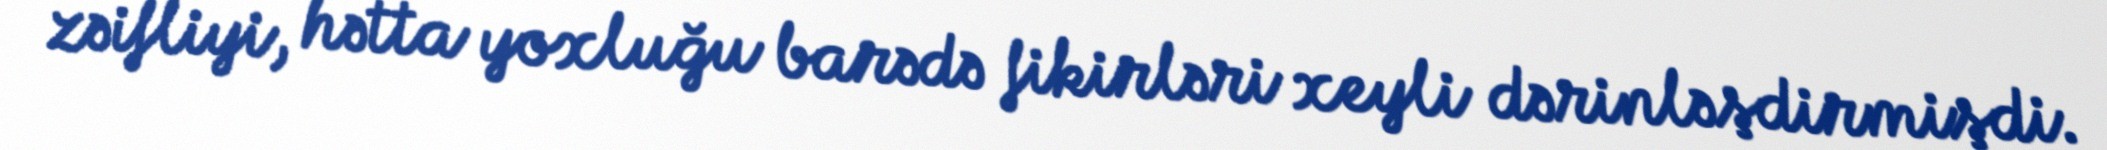
zəifliyi, hətta yoxluğu barədə fikirləri xeyli dərinləşdirmişdi.